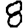
Digit: 8